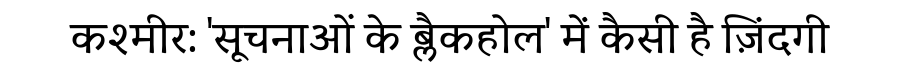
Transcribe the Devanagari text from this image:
कश्मीर: 'सूचनाओं के ब्लैकहोल' में कैसी है ज़िंदगी